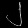
Digit: ၂